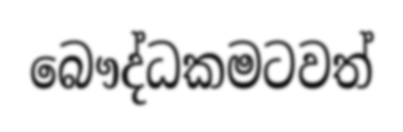
බෞද්ධකමටවත්